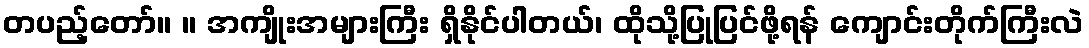
တပည့်တော်။ ။ အကျိုးအများကြီး ရှိနိုင်ပါတယ်၊ ထိုသို့ပြုပြင်ဖို့ရန် ကျောင်းတိုက်ကြီးလဲ